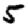
Digit: 5